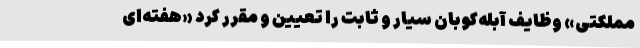
مملکتی» وظایف آبله‌کوبان سیار و ثابت را تعیین و مقرر کرد «هفته‌ای